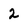
Character: 2